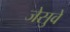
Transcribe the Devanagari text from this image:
जेसुवे